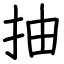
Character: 抽